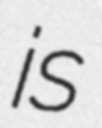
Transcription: is